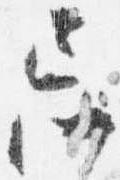
忌